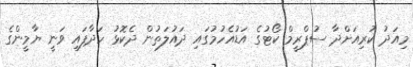
މިއަދު ކުރިއަށްދާ ސުޕްރީމް ކޯޓުގެ އަޑުއެހުމުގައި ދައުލަތުން ދެކޮޅު ހަދާފައި ވަނީ ޔާމީންގެ